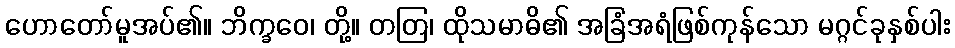
ဟောတော်မူအပ်၏။ ဘိက္ခဝေ၊ တို့။ တတြ၊ ထိုသမာဓိ၏ အခြံအရံဖြစ်ကုန်သော မဂ္ဂင်ခုနှစ်ပါး